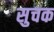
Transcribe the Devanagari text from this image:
सुचक